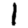
Digit: 1